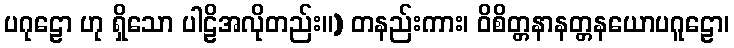
ပဂုဠော ဟု ရှိသော ပါဠိအလိုတည်း။) တနည်းကား၊ ဝိစိတ္တနာနတ္တနယောပဂူဠော၊